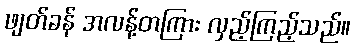
ဖျတ်ခန် အလန့်တကြား လှည့်ကြည့်သည်။